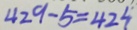
4 2 9 - 5 = 4 2 4